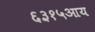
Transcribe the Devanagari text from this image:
६३१५आय